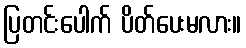
ပြတင်းပေါက် ပိတ်ပေးမလား။